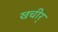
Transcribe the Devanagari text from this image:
खचीर्